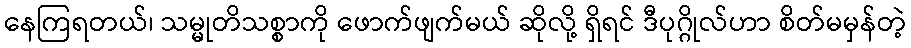
နေကြရတယ်၊ သမ္မုတိသစ္စာကို ဖောက်ဖျက်မယ် ဆိုလို့ ရှိရင် ဒီပုဂ္ဂိုလ်ဟာ စိတ်မမှန်တဲ့